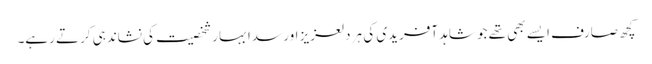
کچھ صارف ایسے بھی تھے جو شاہد آفریدی کی ہر دلعزیز اور سدا بہار شخصیت کی نشاندہی کرتے رہے۔